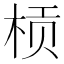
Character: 𱣚